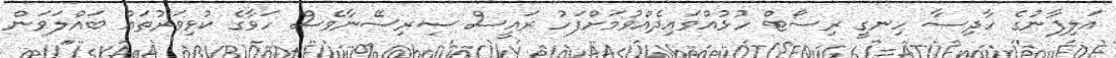
އަލިފާނުގެ ހާދިސާ ހިނގީ ރިސޯޓް ހުޅުއްވައިދެއްވުމަށްފަހު ރައީސް ސިރިސޭނާވެސް ހަވާގެ ކުޅިވަރުތައް ބައްލަވަން